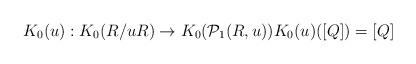
LaTeX: \begin{align*}K_0(u): K_0(R/uR)\to K_0(\mathcal{P}_{1}(R,u)) K_0({u})([Q])=[Q]\end{align*}